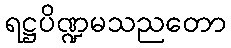
ရဋ္ဌပိဏ္ဍမသညတော